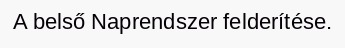
A belső Naprendszer felderítése.